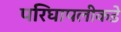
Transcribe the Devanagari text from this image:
परिघापलीकडे